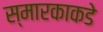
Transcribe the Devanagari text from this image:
स्मारकाकडे